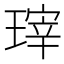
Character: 𱯙